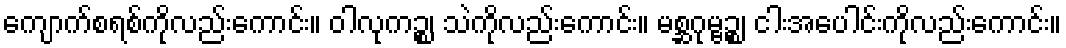
ကျောက်စရစ်ကိုလည်းကောင်း။ ဝါလုကဉ္စ၊ သဲကိုလည်းကောင်း။ မစ္ဆဂုမ္ဗဉ္စ၊ ငါးအပေါင်းကိုလည်းကောင်း။